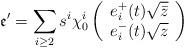
LaTeX: \begin{align*}\mathfrak{e}'=\sum_{i\geq 2} s^i\chi_0^i\left(\begin{array}{c} e_i^+(t) \sqrt{\bar{z}} \\ e_i^-(t) \sqrt{z} \end{array}\right)\end{align*}